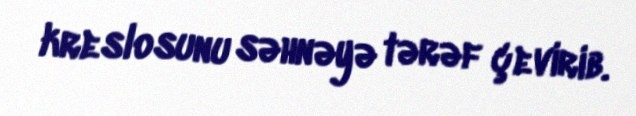
kreslosunu səhnəyə tərəf çevirib.